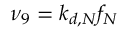
\nu _ { 9 } = k _ { d , N } f _ { N }